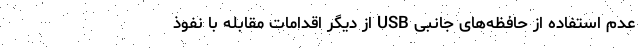
عدم استفاده از حافظه‌های جانبی USB از دیگر اقدامات مقابله با نفوذ